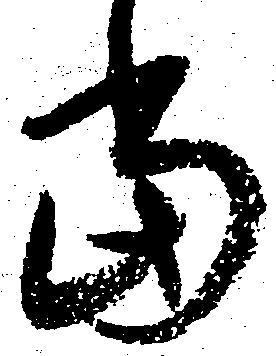
当